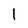
Character: 1